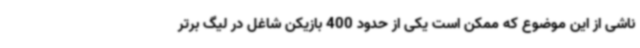
ناشی از این موضوع که ممکن است یکی از حدود 400 بازیکن شاغل در لیگ برتر